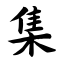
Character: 集